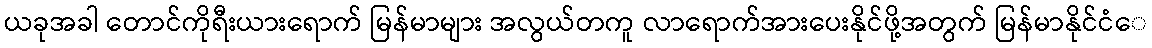
ယခုအခါ တောင်ကိုရီးယားရောက် မြန်မာများ အလွယ်တကူ လာရောက်အားပေးနိုင်ဖို့အတွက် မြန်မာနိုင်ငံေ